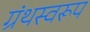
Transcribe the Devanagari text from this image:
ग्रंथस्वरूप